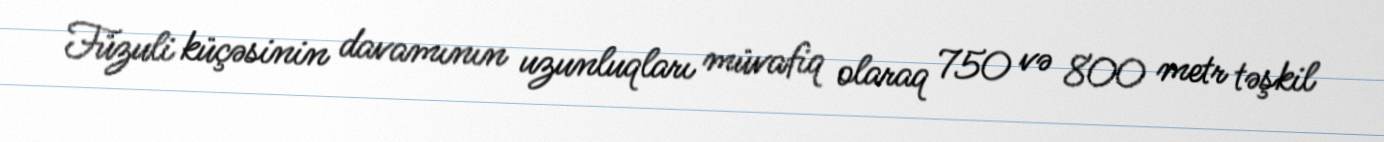
Füzuli küçəsinin davamının uzunluqları müvafiq olaraq 750 və 800 metr təşkil